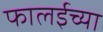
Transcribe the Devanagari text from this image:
फालईच्या